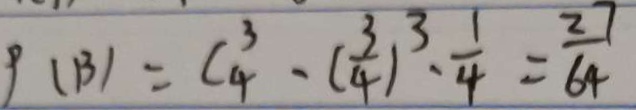
p ( B ) = C ^ { 3 } _ { 4 } - ( \frac { 3 } { 4 } ) ^ { 3 } \cdot \frac { 1 } { 4 } = \frac { 2 7 } { 6 4 }